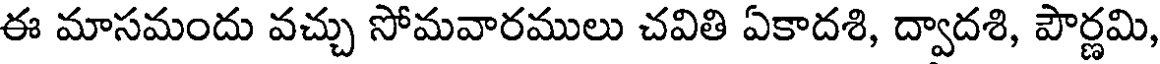
ఈ మాసమందు వచ్చు సోమవారములు చవితి ఏకాదశి, ద్వాదశి, పౌర్ణమి,